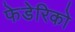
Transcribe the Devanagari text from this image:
फेडेरिको